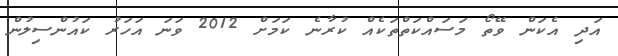
އަދި އެކަން ވޭތޯ މަސައްކަތްތަކެއް ކުރާނެ ކަމަށް 2012 ވަނަ އަހަރު ކައުންސިލުން